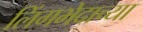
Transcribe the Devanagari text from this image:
लिंगभेदाच्या